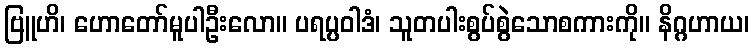
ဗြူဟိ၊ ဟောတော်မူပါဦးလော။ ပရပ္ပဝါဒံ၊ သူတပါးစွပ်စွဲသောစကားကို။ နိဂ္ဂဟာယ၊